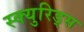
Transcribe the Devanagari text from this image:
स्क्युरिड्स